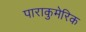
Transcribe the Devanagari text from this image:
पाराकुमेरिक